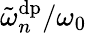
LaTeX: \tilde{\omega}_{n}^{\mathrm{dp}}/\omega_{0}